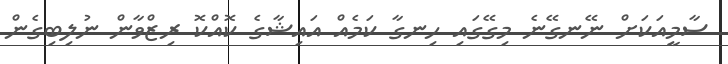
ސާމީއަކަށް ނޭނގޭނެ މިގޭގައި ހިނގާ ކަމެއް އައިޝާގެ ކޮއްކޮ ރިޒްވާން ނުލިބިގެން